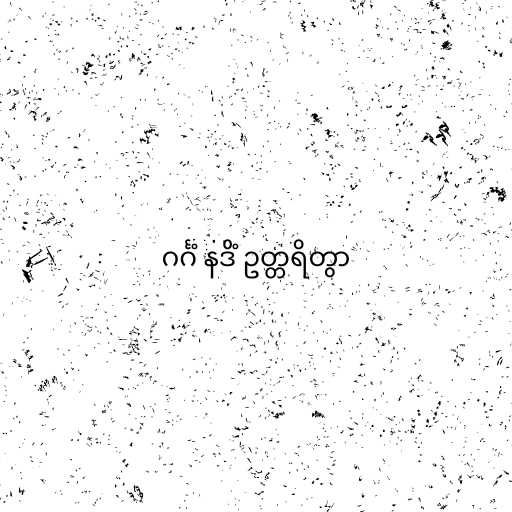
ဂင်္ဂံ နဒိံ ဥတ္တရိတွာ